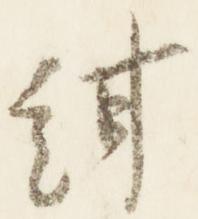
紺